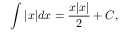
\int | x | d x = { \frac { x | x | } { 2 } } + C ,